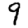
Digit: 9